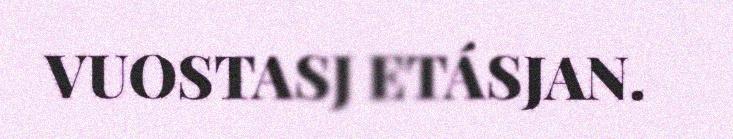
VUOSTASJ ETÁSJAN.